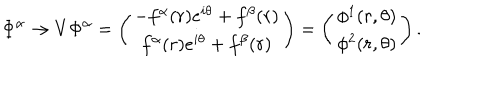
\Phi ^ { \alpha } \rightarrow V \Phi ^ { \alpha } = \left( \begin{array} { c } { { - f ^ { \alpha } ( r ) e ^ { i \theta } + f ^ { \beta } ( r ) } } \\ { { f ^ { \alpha } ( r ) e ^ { i \theta } + f ^ { \beta } ( r ) } } \\ \end{array} \right) = \left( \begin{array} { c } { { \phi ^ { 1 } ( r , \theta ) } } \\ { { \phi ^ { 2 } ( r , \theta ) } } \\ \end{array} \right) .